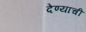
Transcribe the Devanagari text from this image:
देण्‍याची